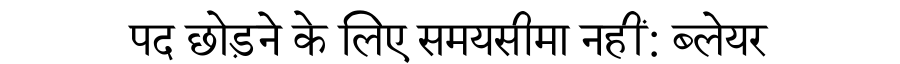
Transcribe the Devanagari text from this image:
पद छोड़ने के लिए समयसीमा नहीं: ब्लेयर